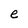
Character: e